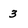
Character: 3